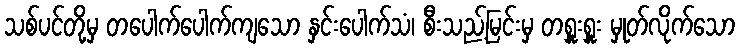
သစ်ပင်တို့မှ တပေါက်ပေါက်ကျသော နှင်းပေါက်သံ၊ စီးသည့်မြင်းမှ တရှူးရှူး မှုတ်လိုက်သော